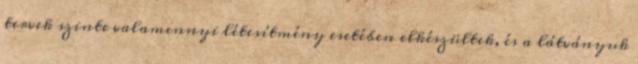
tervek szinte valamennyi létesítmény esetében elkészültek, és a látványuk